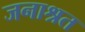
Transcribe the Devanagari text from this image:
जनाश्रत